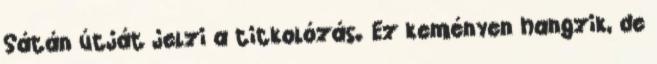
Sátán útját jelzi a titkolózás. Ez keményen hangzik, de